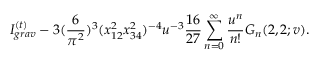
I _ { g r a v } ^ { ( t ) } - 3 ( \frac { 6 } { \pi ^ { 2 } } ) ^ { 3 } ( x _ { 1 2 } ^ { 2 } x _ { 3 4 } ^ { 2 } ) ^ { - 4 } u ^ { - 3 } \frac { 1 6 } { 2 7 } \sum _ { n = 0 } ^ { \infty } \frac { u ^ { n } } { n ! } G _ { n } ( 2 , 2 ; v ) .